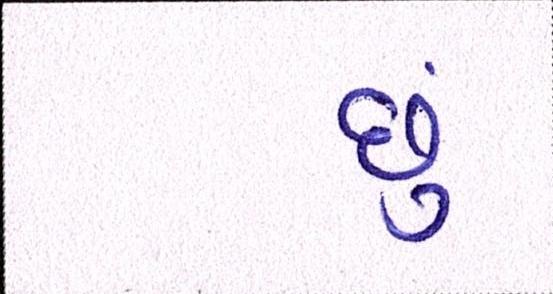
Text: છું